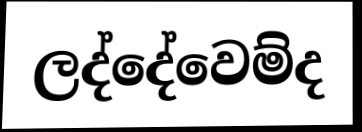
ලද්දේවෙම්ද